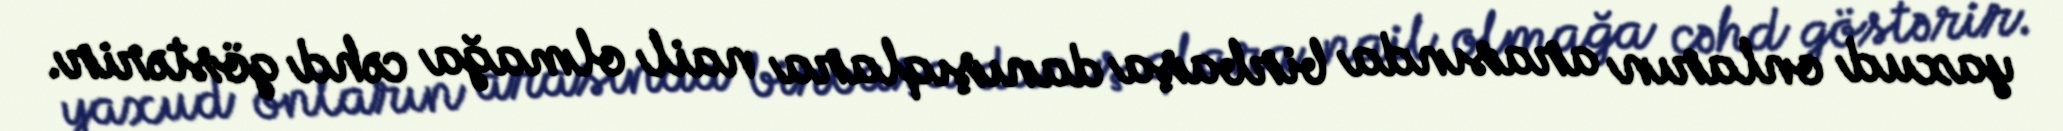
yaxud onların arasında birbaşa danışıqlara nail olmağa cəhd göstərir.